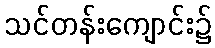
သင်တန်းကျောင်း၌